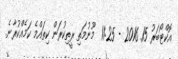
އޮކްޓޯބަރު 15